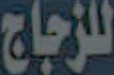
للزجاج